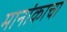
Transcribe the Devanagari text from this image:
मानांकाचा